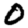
Digit: 0